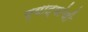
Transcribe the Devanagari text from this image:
प्याद्यांची